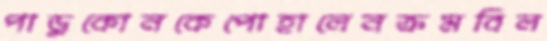
পাড়ুকোনকেপোহালেনক্রমবিল